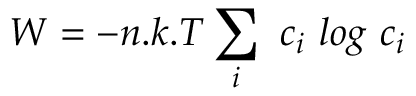
W = - n . k . T \sum _ { i } \textit { } c _ { i } \textit { } l o g \textit { } c _ { i }